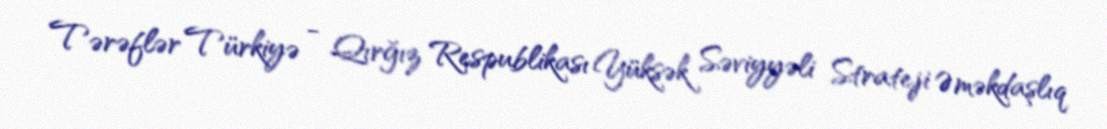
Tərəflər Türkiyə - Qırğız Respublikası Yüksək Səviyyəli Strateji Əməkdaşlıq